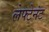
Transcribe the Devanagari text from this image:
लेफ्टेनंट